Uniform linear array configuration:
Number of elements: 16
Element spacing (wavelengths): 0.25
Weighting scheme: blackman
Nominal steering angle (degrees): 30
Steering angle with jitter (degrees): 28.568
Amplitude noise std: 0.05
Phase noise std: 0.05

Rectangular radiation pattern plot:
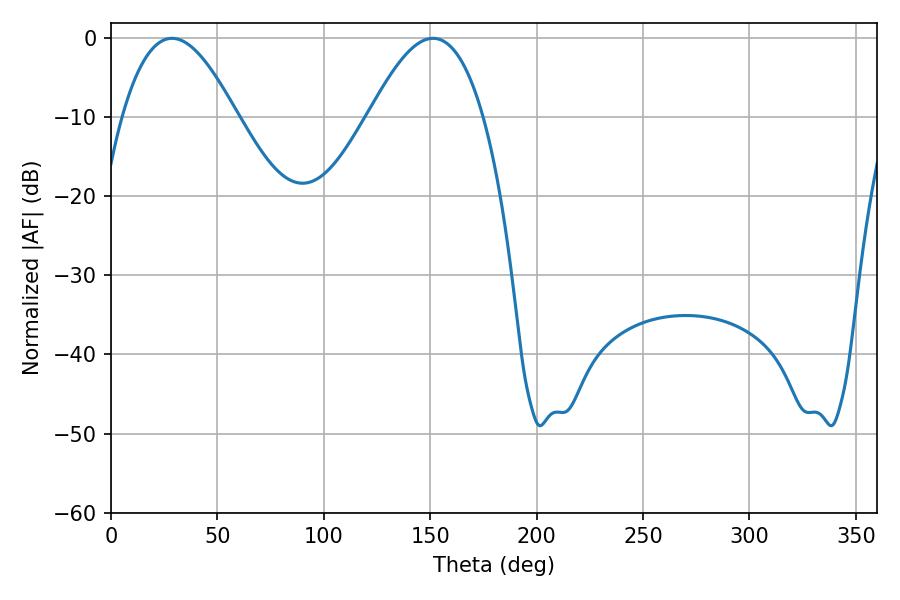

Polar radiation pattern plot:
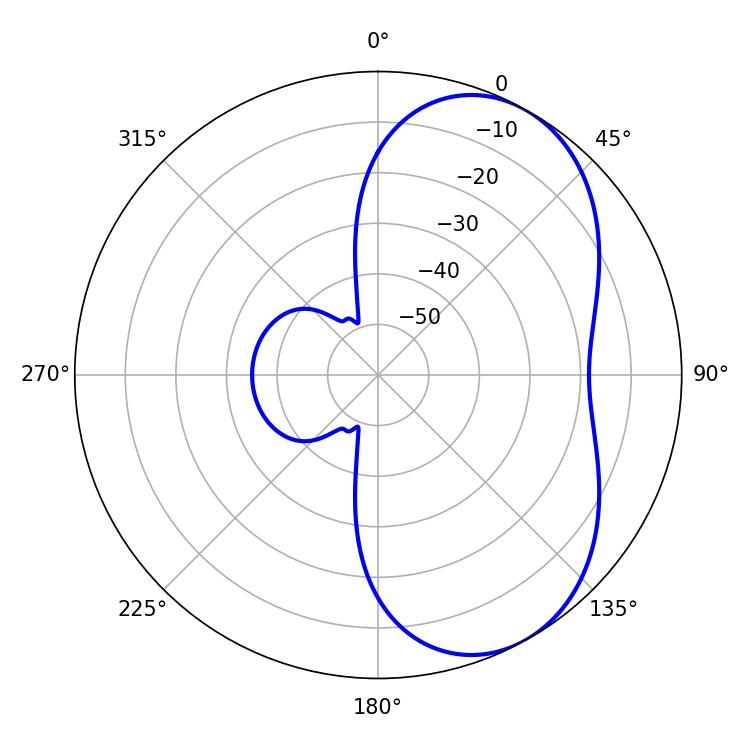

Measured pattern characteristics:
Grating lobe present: FALSE
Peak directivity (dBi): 5.438
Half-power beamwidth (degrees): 29.34
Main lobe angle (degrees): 28.62